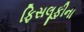
ફિસલૂફીના